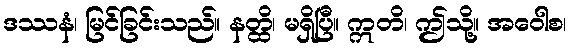
ဒဿနံ၊ မြင်ခြင်းသည်။ နတ္ထိ၊ မရှိပြီ။ ဣတိ၊ ဤသို့။ အဝေါစ၊